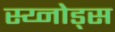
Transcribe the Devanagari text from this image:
स्य्नोड्स